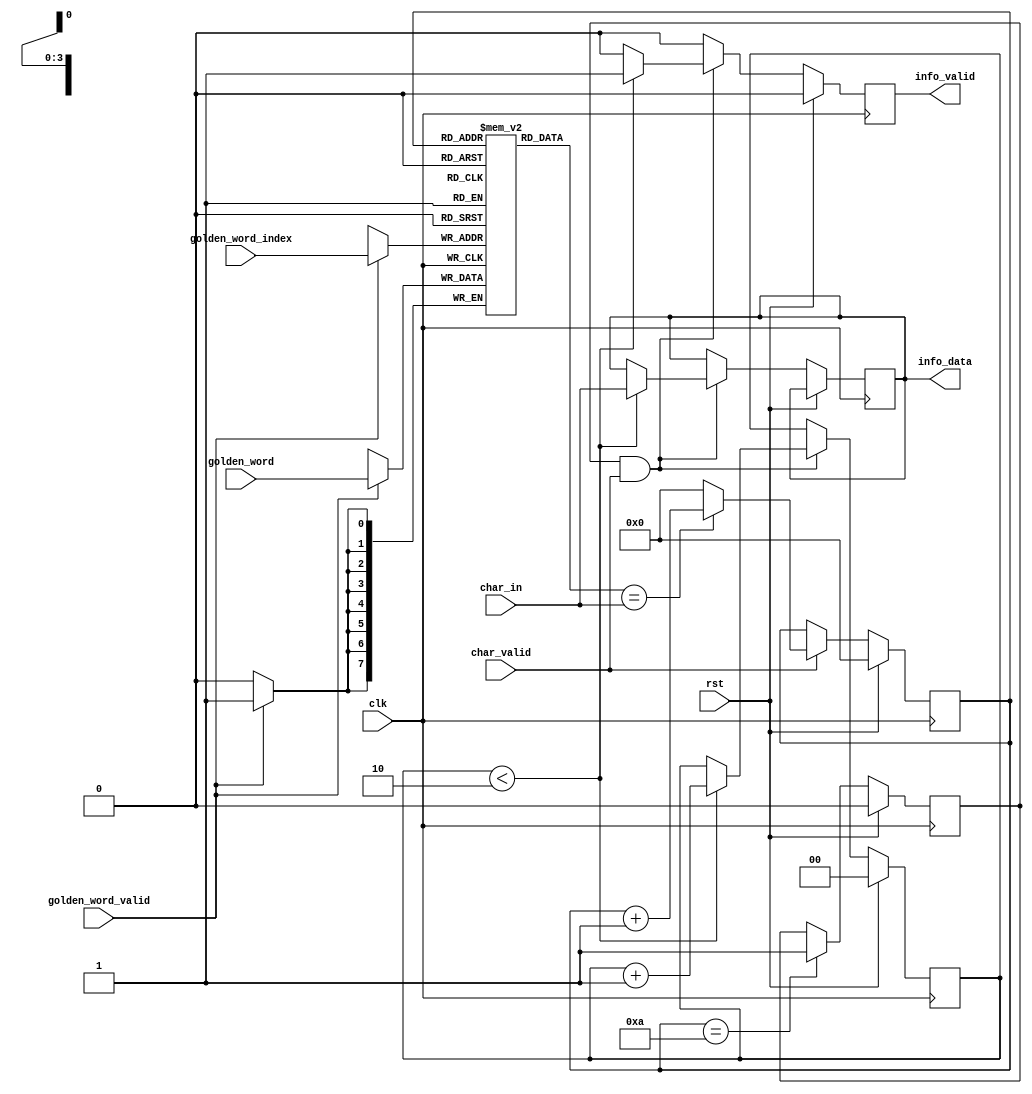
module pattern_search #(
    parameter N_BITS = 8,
    parameter PATTERN_SIZE = 10,    //pattern size
    parameter INFO_SIZE = 2,
    parameter MEM_FILE ="gold_hex.mem" //the file is in hex!
) (
    input wire clk,
    input wire rst,
    //uart input
    input [N_BITS-1:0] char_in,
    input char_valid,
    
    //if you want to modify the golden word
    input [N_BITS-1:0] golden_word,
    input golden_word_valid,
    input [$clog2(PATTERN_SIZE)-1:0] golden_word_index,

    output [N_BITS-1:0] info_data,
    output info_valid//,
    //output reg [N_BITS-1:0] actual_gold
);

    reg [N_BITS-1:0] gold [PATTERN_SIZE-1:0];
    //initialize or charge the pattern to search for
    
    `ifdef __GOLD_INIT__
        initial begin
            $readmemh(MEM_FILE, gold); 
        end
    `endif

    always@(posedge clk)begin
        if(golden_word_valid)begin
            gold[golden_word_index] <= golden_word;
        end
    end
    
    
    //reg [$clog2(PATTERN_SIZE)-1:0] index_reading={$clog2(PATTERN_SIZE){1'b1}};
    reg [$clog2(PATTERN_SIZE)-1:0] index_reading=0;
    //carefull! if pattern size is the exact power of two this wouldnt work good
    reg pattern_found=0;

    //reading pointer evolution
    /*
    //*debug only
    always@(posedge clk)begin
        actual_gold <= gold[index_reading];
    end
    */
    //here end the debugging
    //consider a change of names!!!!
    //
    always@(posedge clk)begin
        if(rst)begin
            index_reading <=0;
        end
        else begin
            if(char_valid)begin
                //this way to read the data takes 2 cycles!
                //in uart doesnt matter..but look out!
                if(gold[index_reading] == char_in)
                    index_reading <= index_reading+1;
                else
                    index_reading <= 0;
            end
            else begin
                index_reading <= index_reading;
            end
        end
    end
    
    always@(posedge clk)begin
        if(rst)
            pattern_found <=0;
        else begin
            if(index_reading==PATTERN_SIZE)   //check!
                pattern_found <= 1;
            else
                pattern_found <= pattern_found;
        end
    end
  


    //now we had found the pattern, the next values are the data
    reg [$clog2(INFO_SIZE):0] index_info=0;
    reg r_info_valid = 0;
    reg [N_BITS-1:0] r_info_data=0;
    always@(posedge clk)begin
        if(rst)begin
            index_info<=0;
            r_info_valid <=0;
        end
        else begin
            if(pattern_found & char_valid)begin
                if(index_info < INFO_SIZE) begin
                    r_info_valid<=1;
                    r_info_data <= char_in;
                    index_info <= index_info +1;
                end
                else begin
                    r_info_valid <=0;
                    index_info <= index_info;
                    r_info_data<= r_info_data;
                end
            end
            else begin
                r_info_valid <= 0;
                index_info <= index_info;
                r_info_data <= r_info_data;
            end
        end
    end

    assign info_valid = r_info_valid;
    assign info_data = r_info_data;

`ifdef __SIM__
    initial begin
        $dumpfile("sim.vcd");
        $dumpvars(1, pattern_search);
    end
`endif

endmodule